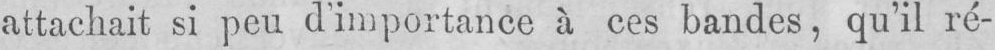
attachait si peu d’importance à ces bandes, qu’il ré-